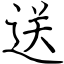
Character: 送